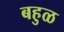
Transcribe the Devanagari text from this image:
बहुळ